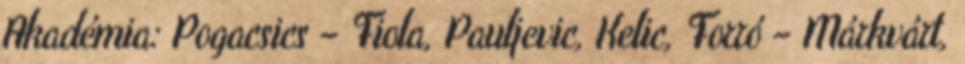
Akadémia: Pogacsics – Fiola, Pauljevic, Kelic, Forró – Márkvárt,